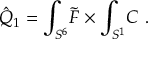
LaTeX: \hat { Q } _ { 1 } = \int _ { S ^ { 6 } } \! \tilde { F } \times \int _ { S ^ { 1 } } \! C \ .